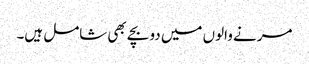
مرنے والوں میں دو بچے بھی شامل ہیں۔